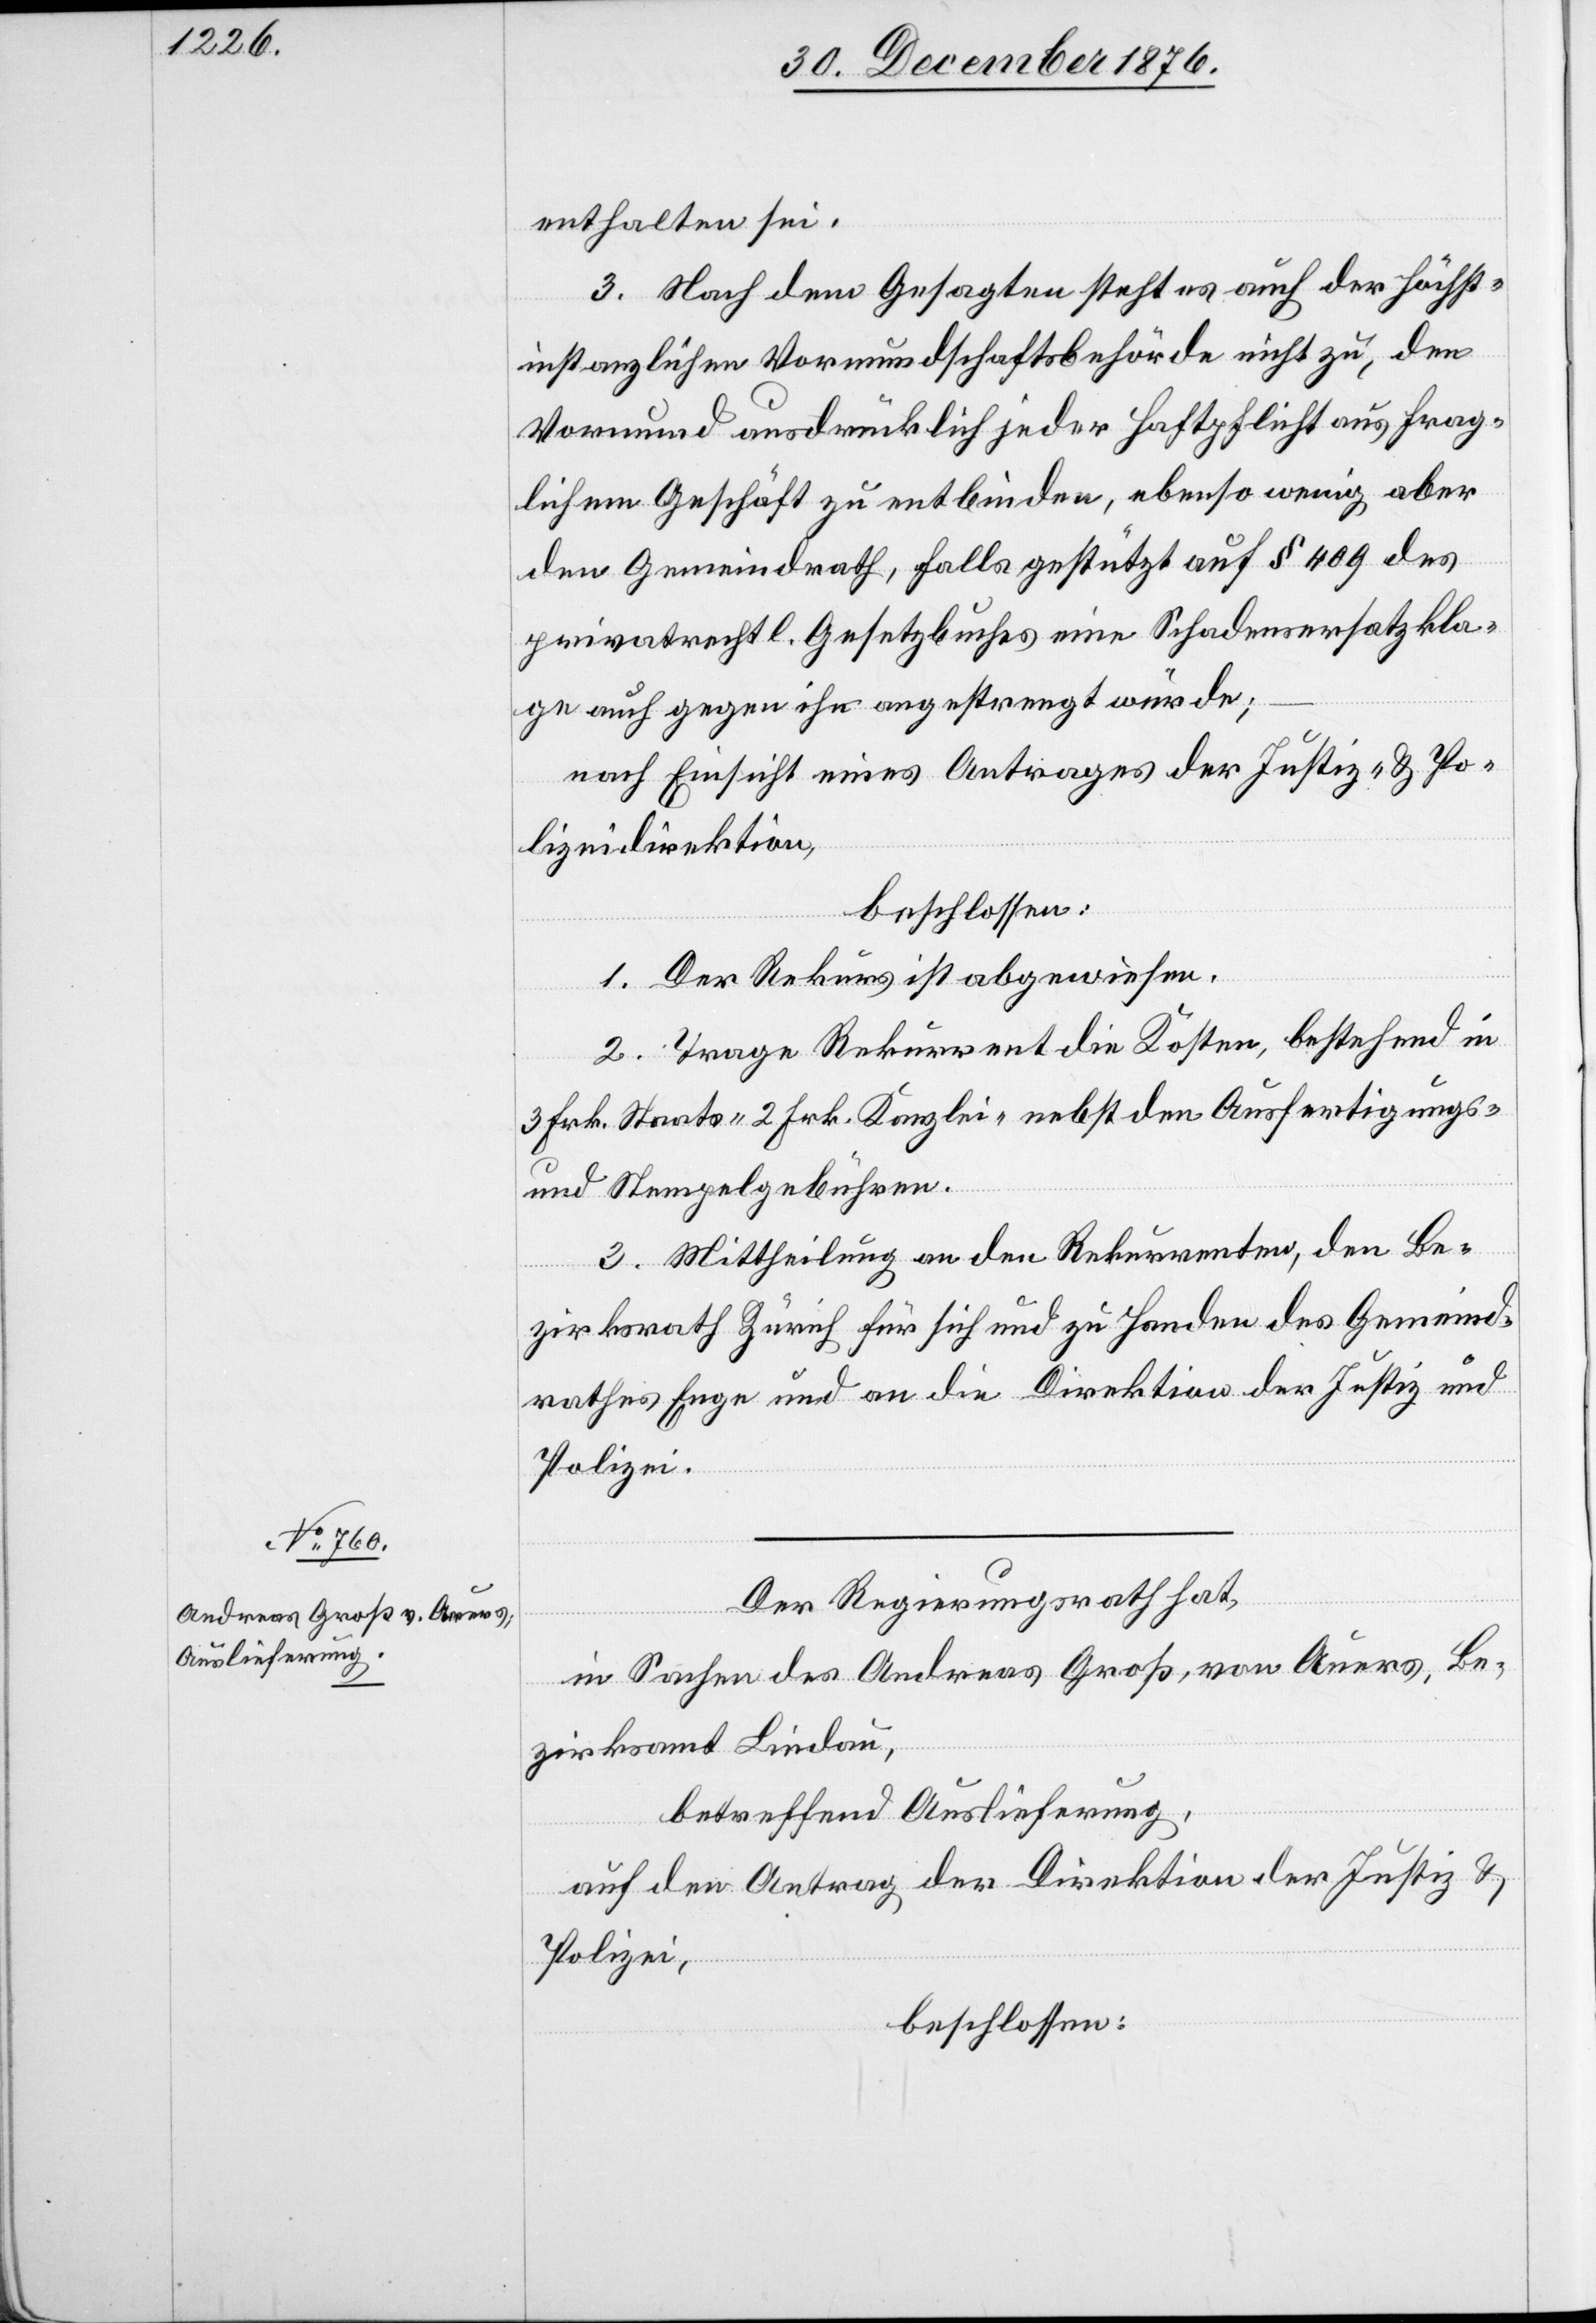
enthalten sei.
3. Nach dem Gesagten steht es auch der höchst¬
instanzlichen Vormundschaftsbehörde nicht zu, den
Vormund ausdrücklich jeder Haftpflicht aus frag¬
lichem Geschäft zu entbinden, ebenso wenig aber
den Gemeindrath, falls gestützt auf § 409 des
privatrechtl. Gesetzbuches eine Schadensersatzkla¬
ge auch gegen ihn angestrengt würde;
nach Einsicht eines Antrages der Justiz- & Po¬
lizeidirektion,
beschlossen:
1. Der Rekurs ist abgewiesen.
2. Trage Rekurrent die Kosten, bestehend in
3 Frk. Staats- 2 Frk. Kanzlei- nebst den Ausfertigungs-
und Stempelgebühren.
3. Mittheilung an den Rekurrenten, den Be¬
zirksrath Zürich für sich und zu Handen des Gemeind¬
rathes Enge und an die Direktion der Justiz und
Polizei.
Der Regierungsrath hat,
in Sachen des Andreas Groß, von Auers, Be¬
zirksamt Lindau,
betreffend Auslieferung,
aus den Antrag der Direktion der Justiz &
Polizei,
beschlossen: